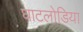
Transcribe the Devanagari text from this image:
घाटलोडिया